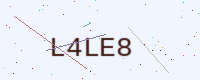
Text: L4LE8